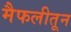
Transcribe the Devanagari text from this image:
मैफलीतून